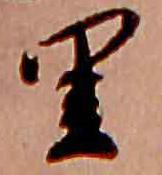
里